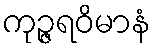
ကုဉ္ဇရဝိမာနံ